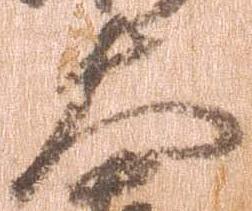
大